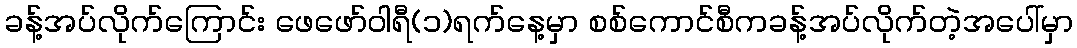
ခန့်အပ်လိုက်ကြောင်း ဖေဖော်ဝါရီ(၁)ရက်နေ့မှာ စစ်ကောင်စီကခန့်အပ်လိုက်တဲ့အပေါ်မှာ